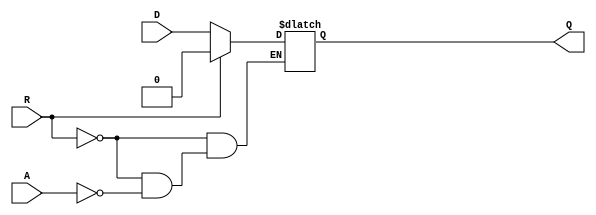
module async_register (
    input wire D,        // Data input
    input wire A,        // Asynchronous control signal
    input wire R,        // Reset signal
    output reg Q         // Data output
);

    // Always block to implement the asynchronous behavior
    always @* begin
        if (R) begin
            // If reset is asserted, set output to 0
            Q = 1'b0;
        end else if (A) begin
            // If control signal A is asserted, capture the data from D
            Q = D;
        end
        // If neither R nor A is asserted, Q retains its last value
    end

endmodule